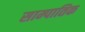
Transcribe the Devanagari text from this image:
साम्पातिक